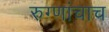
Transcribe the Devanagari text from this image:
रुग्णांचाच